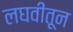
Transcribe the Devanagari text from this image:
लघवीतून